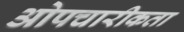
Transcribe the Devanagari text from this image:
ओपचारीकता